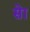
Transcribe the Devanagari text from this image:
सेा